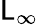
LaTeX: \mathsf{L}_{\infty}